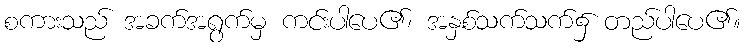
စကားသည် အခက်အရွက်မှ ကင်းပါပေ၏၊ အနှစ်သက်သက်၌ တည်ပါပေ၏။